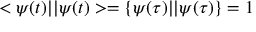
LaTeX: < \psi ( t ) | | \psi ( t ) > = \{ \psi ( \tau ) | | \psi ( \tau ) \} = 1